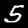
Label: 5